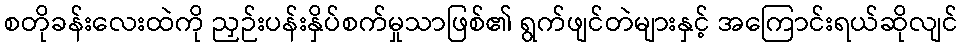
စတိုခန်းလေးထဲကို ညှဉ်းပန်းနှိပ်စက်မှုသာဖြစ်၏ ရွက်ဖျင်တဲများနှင့် အကြောင်းရယ်ဆိုလျင်